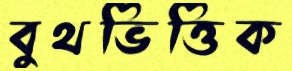
বুথভিত্তিক